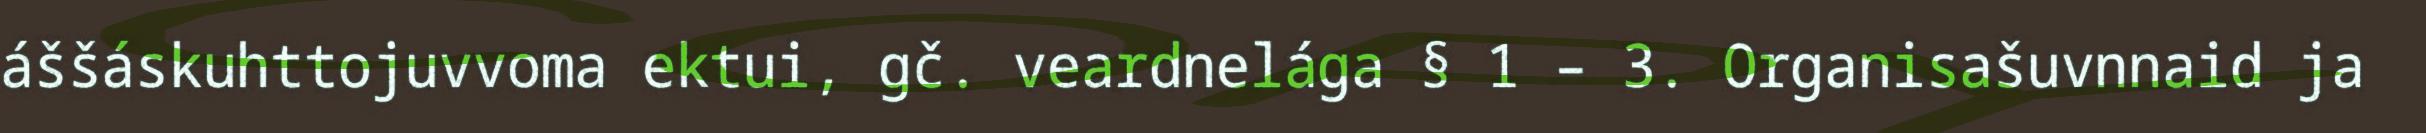
áššáskuhttojuvvoma ektui, gč. veardnelága § 1 – 3. Organisašuvnnaid ja